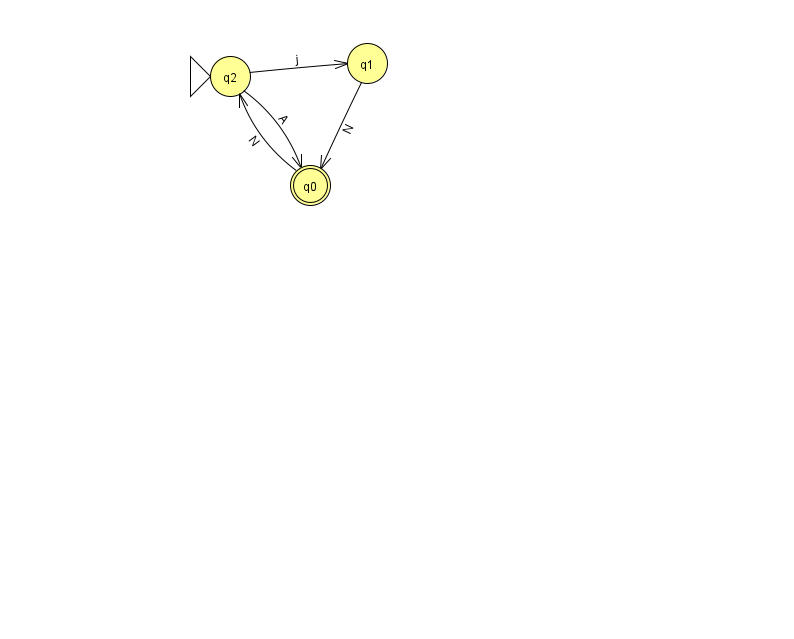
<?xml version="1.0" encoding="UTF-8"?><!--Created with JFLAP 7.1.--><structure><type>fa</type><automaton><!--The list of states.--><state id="0" name="q0"><x>310.0</x><y>172.0</y><final/></state><state id="1" name="q1"><x>367.0</x><y>50.0</y></state><state id="2" name="q2"><x>230.0</x><y>63.0</y><initial/></state><!--The list of transitions.--><transition><from>1</from><to>0</to><read>N</read></transition><transition><from>2</from><to>1</to><read>j</read></transition><transition><from>2</from><to>0</to><read>A</read></transition><transition><from>0</from><to>2</to><read>N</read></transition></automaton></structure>